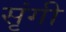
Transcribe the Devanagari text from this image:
सृंगी